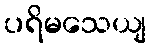
ပရိမသေယျ